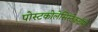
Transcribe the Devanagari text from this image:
पोस्टकोलेसिस्टेकटॉमी